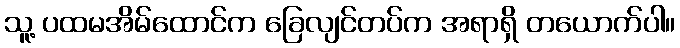
သူ့ ပထမအိမ်ထောင်က ခြေလျင်တပ်က အရာရှိ တယောက်ပါ။